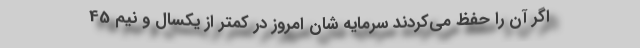
اگر آن را حفظ می‌کردند سرمایه شان امروز در کمتر از یکسال و نیم 45